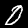
Label: 0